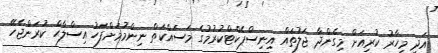
އަދި މިހާރު ކުރިއަށް މިގެންދާ ޖަލުތައް އިނިސްޕެކްޓްކުރުމުގެ މަސައްކަތް ނިންމުމަށްފަހު އިސްލާޙް ކުރަންޖެހޭ